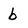
Character: b